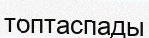
топтаспады